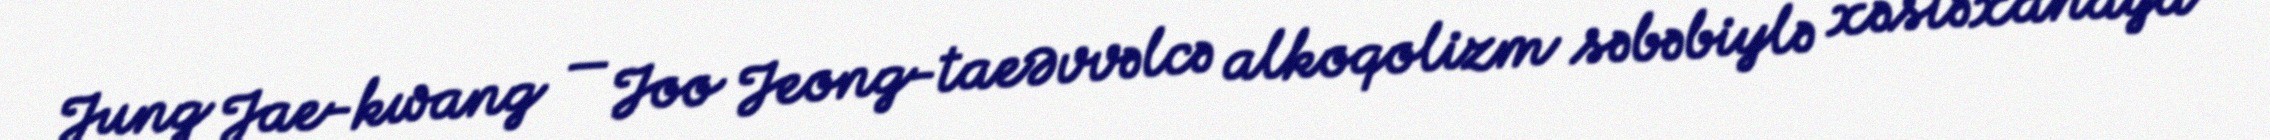
Jung Jae-kwang — Joo Jeong-taeƏvvəlcə alkoqolizm səbəbiylə xəstəxanaya